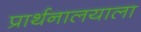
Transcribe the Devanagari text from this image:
प्रार्थनालयाला